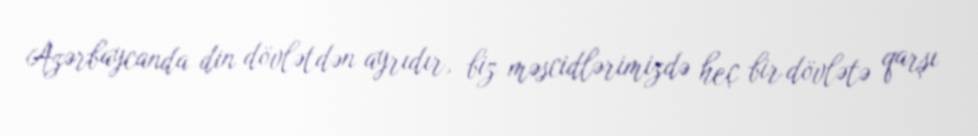
Azərbaycanda din dövlətdən ayrıdır, biz məscidlərimizdə heç bir dövlətə qarşı